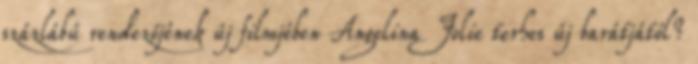
százlábú rendezőjének új filmjében Angelina Jolie terhes új barátjától?